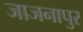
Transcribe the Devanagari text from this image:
जाजनापुर